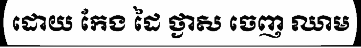
ដោយ កែង ដៃ ថ្ងាស ចេញ ឈាម